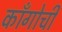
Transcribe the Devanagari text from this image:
काँगोची